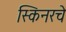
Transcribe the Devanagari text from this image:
स्किनरचे